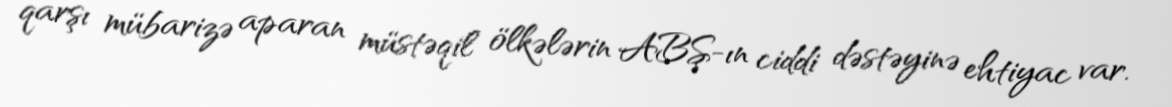
qarşı mübarizə aparan müstəqil ölkələrin ABŞ-ın ciddi dəstəyinə ehtiyac var.